Laimjala_vallavalitsus, lk 24
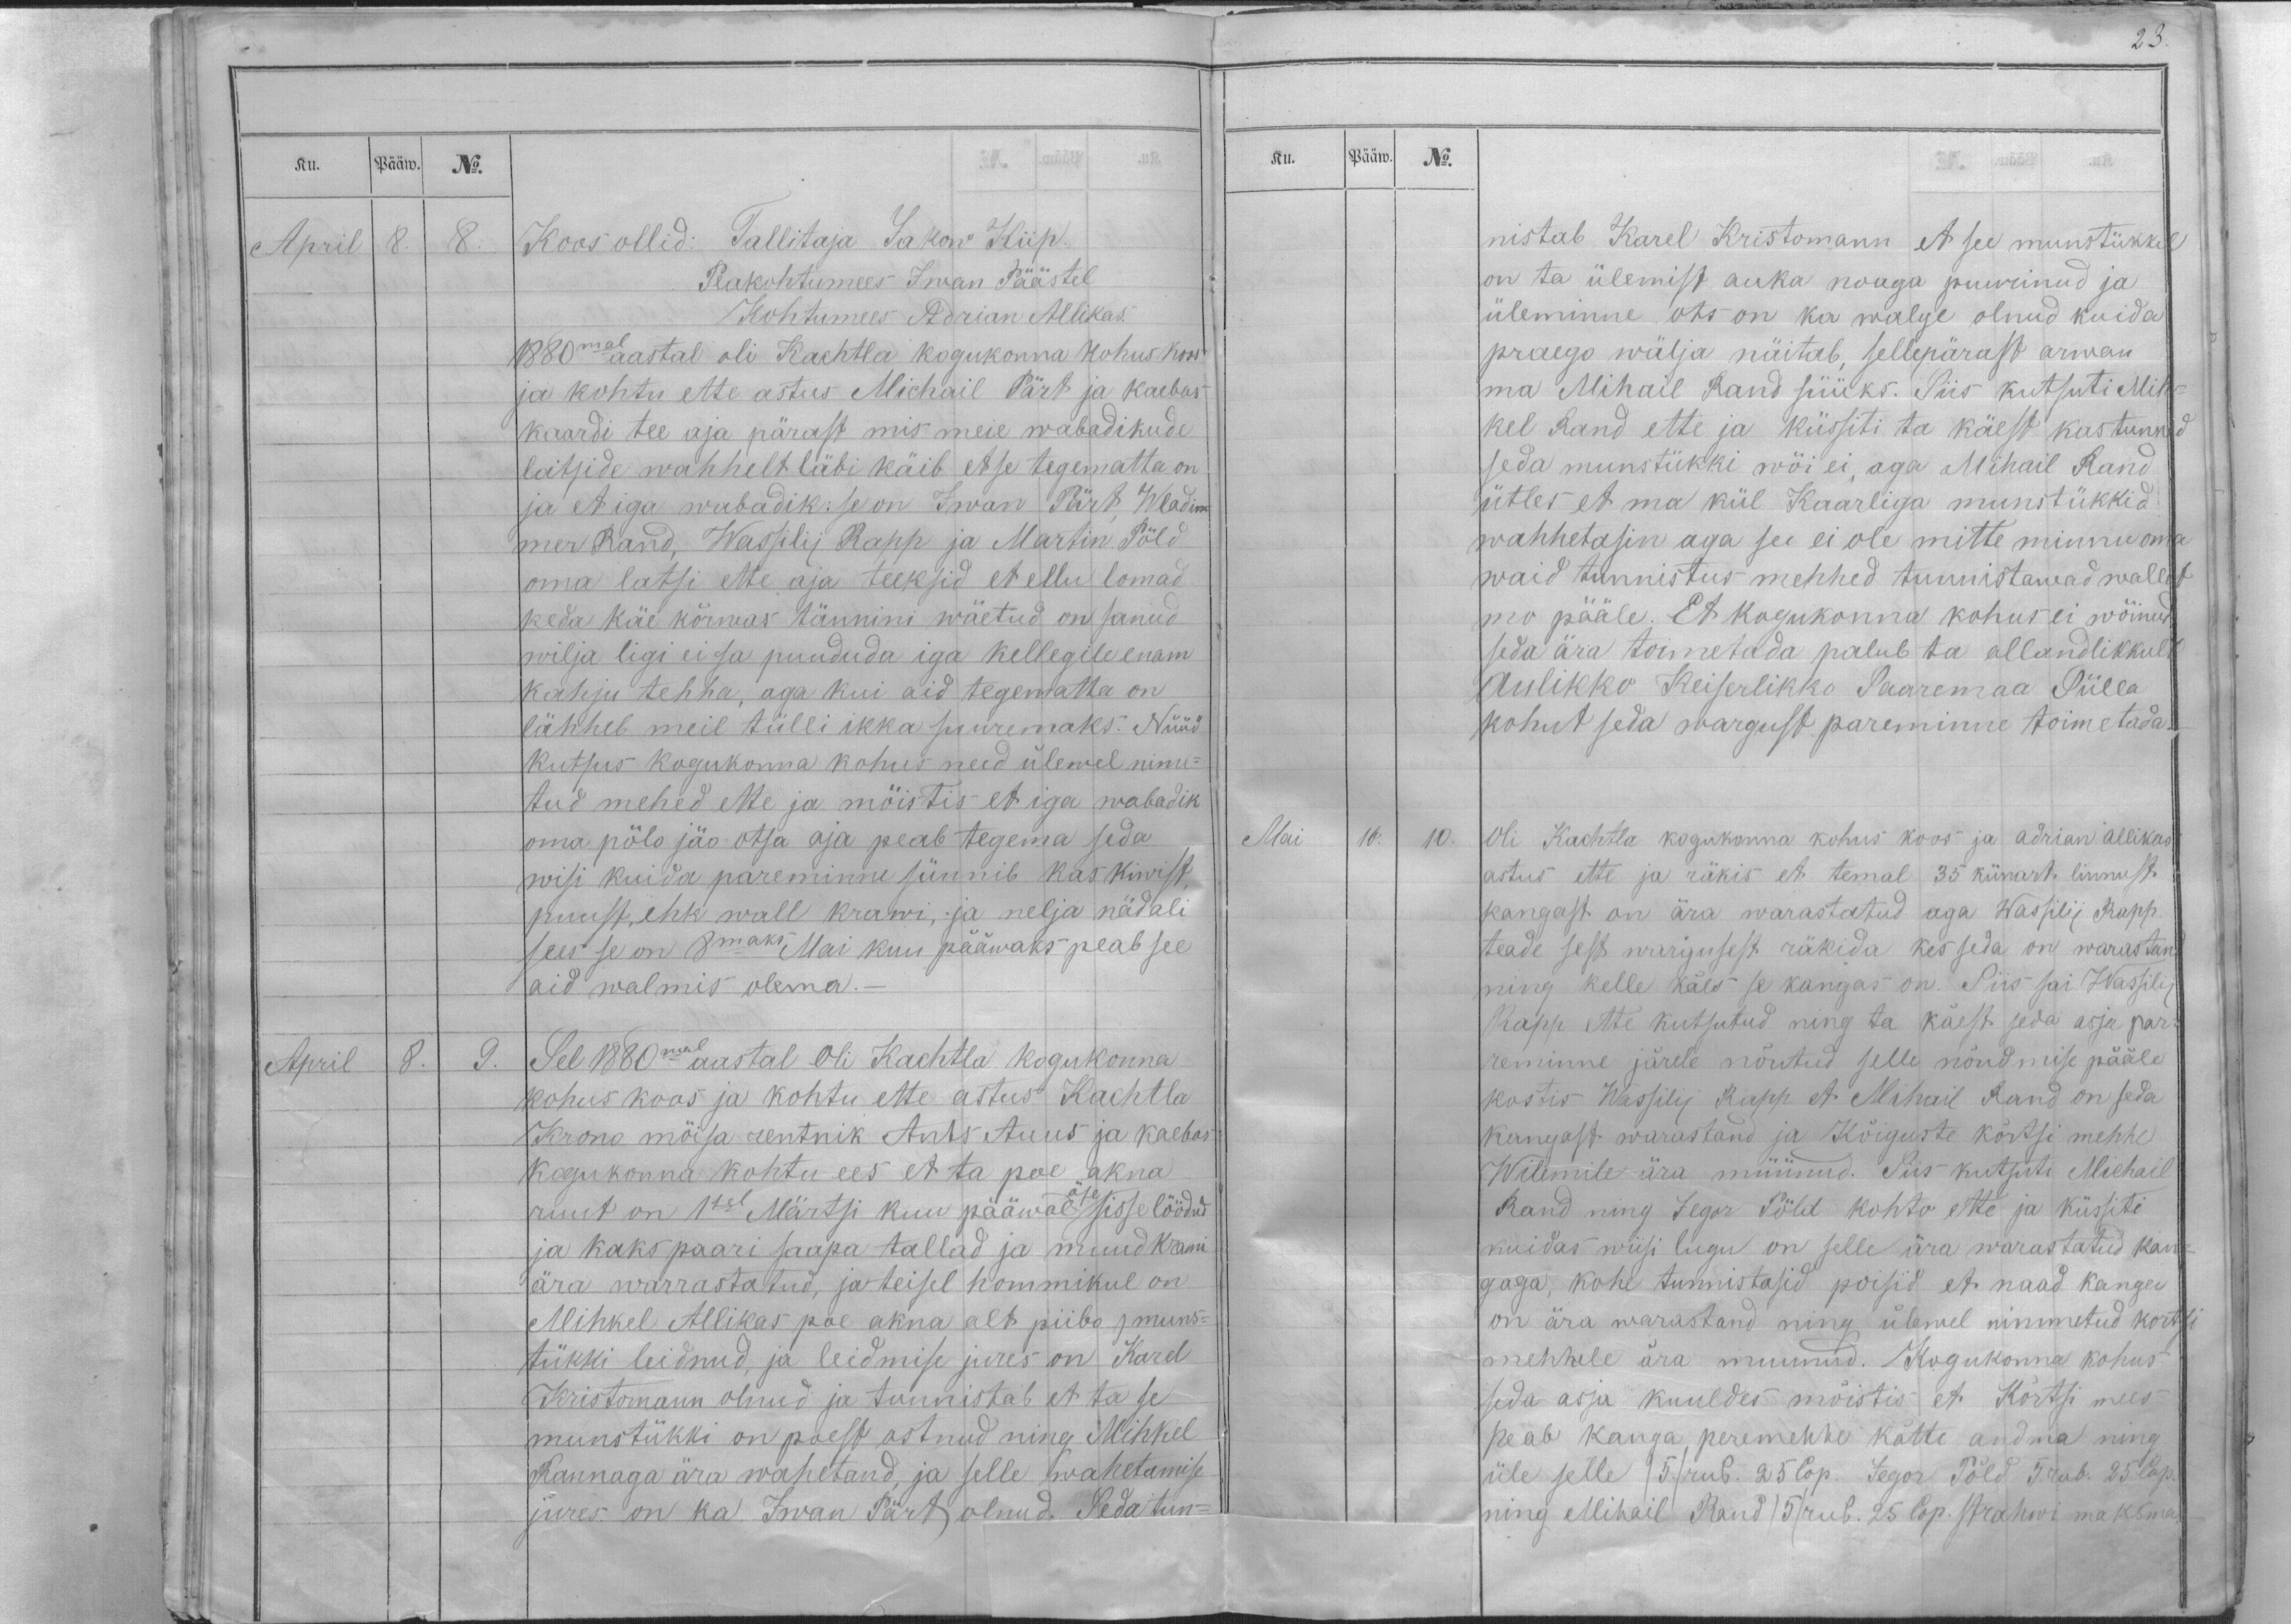
Ku.
Pääw.
No.
April
8.
8.
Koos ollid: Tallitaja Jakow Kiip.
Peakohtumees Iwan Päästel
Kohtumees Adrian Allikas.
1880mal aastal oli Kachtla kogukonna kohus koos
ja kohtu ette astus Michail Pärt ja kaebas
kaardi tee aja pärast mis meie wabadikude
latside wahhelt läbi käib et se tegematta on
ja et iga wabadik: se on Iwan Pärt, Wladi-
mer Rand, Wassilij Rapp ja Martin Põld
oma latsi ette aja teeksid et ellu lomad
keda käe kõrwas tännini wäetud on sanud
wilja ligi ei sa puududa iga kellegile enam
kahju tehha, aga kui aid tegematta on
lähheb meil tülli ikka suuremaks. Nüüd
kutsus kogukonna kohus need ülewel nime-
tud mehed ette ja möistis et iga wabadik
oma pölo jäo otsa aja peab tegema seda
wisi kuida pareminne sünnib kas kiwist,
puust, ehk wall krawi, ja nelja nädali
sees se on 8maks Mai kuu pääwaks peab see
aid walmis olema._
April
8.
9.
Sel 1880mal aastal oli Kachtla kogukonna
kohus koos ja kohtu ette astus Kachtla
Krono mõisa rentnik Ants Auus ja kaebas
kogukonna kohtu ees et ta poe akna
öse
ruut on 1sel Märtsi kuu pääwal sisse löödud
ja kaks paari saapa tallad ja muud krami
ära warrastatud, ja teisel hommikul on
Mihkel Allikas poe akna alt piibo j muns-
tükki leidnud, ja leidmise jures on Karel
Kristomann olnud ja tunnistab et ta se
munstükki on poest ostnud ning Mihkel
Rannaga ära wahetand, ja selle wahetamise
jures on ka Iwan Pärt olnud. Seda tun-

23.
Ku.
Pääw.
No.
nistab Karel Kristomann et see munstükkel
on ta ülemist auka noaga puurinud ja
üleminne ots on ka walge olnud kuida
praego wälja näitab, sellepärast arwan
ma Mihail Rand süüks. Siis kutsuti Mih-
kel Rand ette ja küssiti ta käest kas tunned
seda munstükki wöi ei, aga Mihail Rand
ütles et ma kül Kaarliga munstükkid
wahhetasin aga see ei ole mitte minnu oma
waid tunnistus mehhed tunnistawad wallet
mo pääle. Et kogukonna kohus ei wöinud
seda ära toimetada palub ta allandlikkult
Aulikko Keiserlikko Saaremaa Sülla
kohut seda wargust pareminne toimetada._
Mai
16.
10.
Oli Kachtla kogukonna kohus koos ja Adrian Allikas
astus ette ja räkis et temal 35 künart linnust
kangast on ära warastatud aga Wassilij Rapp
teade sest wargusest räkida kes seda on warastand
ning kelle käes se kangas on. Siis sai Wassilij
Rapp ette kutsutud ning ta käest seda asja par-
reminne järele nõutud selle nõudmise pääle
kostis Wassilij Rapp et Mihail Rand on seda
kangast warastand ja Kõiguste kõrtsi mehhe
Wilemile ära müünud. Siis kutsuti Michail
Rand ning Jegor Põld kohto ette ja küssiti
kuidas wiisi lugu on selle ära warastatud kan-
gaga, kohe tunnistasid poisid et naad kanga
on ära warastand ning ülewel nimmetud kortsi
mehhele ära muunud. Kogukonna kohus
seda asja kuuldes mõistis et Kõrtsi mees
peab kanga peremehhe kätte andma ning
üle selle /5./ rub. 25 Cop. Jegor Põld 5. rub. 25 Cop.
ning Mihail Rand /5/ rub. 25 Cop. strahwi maksma.